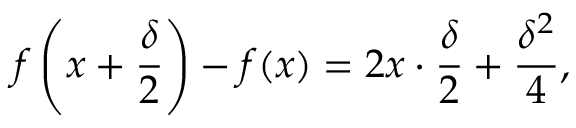
f \left( x + { \frac { \delta } { 2 } } \right) - f ( x ) = 2 x \cdot { \frac { \delta } { 2 } } + { \frac { \delta ^ { 2 } } { 4 } } ,